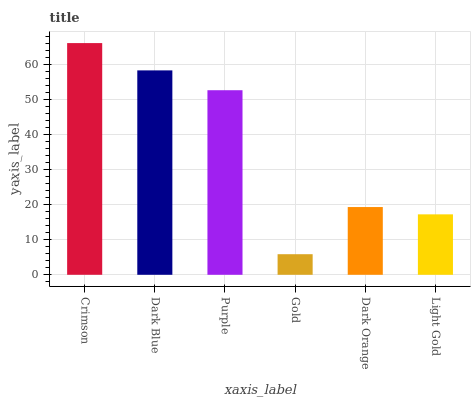
| xaxis_label | bars |
 | --- | --- |
 | Crimson | 66.2 |
 | Dark Blue | 58.4 |
 | Purple | 52.8 |
 | Gold | 5.89 |
 | Dark Orange | 19.4 |
 | Light Gold | 17.3 |